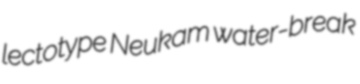
lectotype Neukam water-break